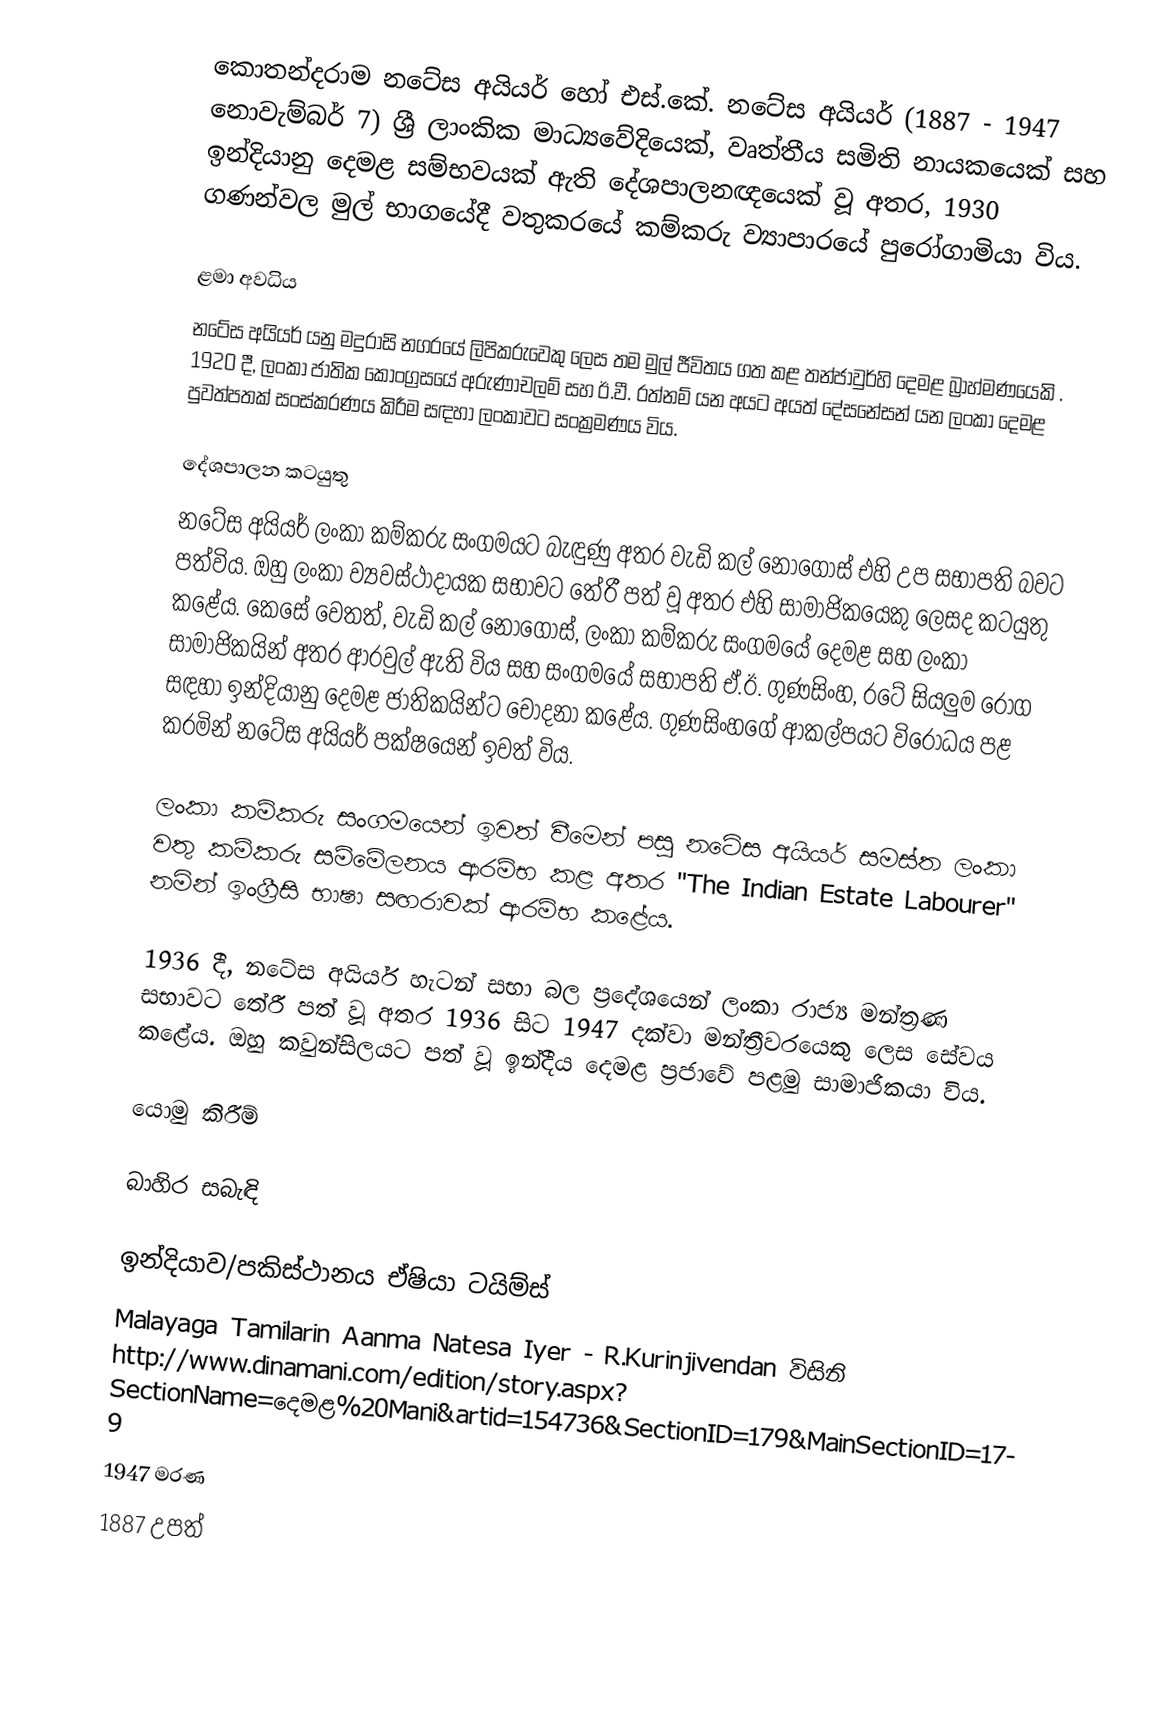
කොතන්දරාම නටේස අයියර් හෝ එස්.කේ. නටේස අයියර්  (1887 - 1947 නොවැම්බර් 7) ශ්‍රී ලාංකික මාධ්‍යවේදියෙක්, වෘත්තීය සමිති නායකයෙක් සහ ඉන්දියානු දෙමළ සම්භවයක් ඇති දේශපාලනඥයෙක් වූ අතර, 1930 ගණන්වල මුල් භාගයේදී වතුකරයේ කම්කරු ව්‍යාපාරයේ පුරෝගාමියා විය.

ළමා අවධිය
නටේස අයියර් යනු මදුරාසි නගරයේ ලිපිකරුවෙකු ලෙස තම මුල් ජීවිතය ගත කළ තන්ජාවුර්හි දෙමළ බ්‍රාහ්මණයෙකි . 1920 දී, ලංකා ජාතික කොංග්‍රසයේ අරුණාචලම් සහ ඊ.වී. රත්නම් යන අයට අයත් දේසනේසන් යන ලංකා දෙමළ පුවත්පතක් සංස්කරණය කිරීම සඳහා ලංකාවට සංක්‍රමණය විය.

දේශපාලන කටයුතු
නටේස අයියර් ලංකා කම්කරු සංගමයට බැඳුණු අතර වැඩි කල් නොගොස් එහි උප සභාපති බවට පත්විය. ඔහු ලංකා ව්‍යවස්ථාදායක සභාවට තේරී පත් වූ අතර එහි සාමාජිකයෙකු ලෙසද කටයුතු කළේය. කෙසේ වෙතත්, වැඩි කල් නොගොස්, ලංකා කම්කරු සංගමයේ දෙමළ සහ ලංකා සාමාජිකයින් අතර ආරවුල් ඇති විය සහ සංගමයේ සභාපති ඒ.ඊ. ගුණසිංහ, රටේ සියලුම රෝග සඳහා ඉන්දියානු දෙමළ ජාතිකයින්ට චෝදනා කළේය. ගුණසිංහගේ ආකල්පයට විරෝධය පළ කරමින් නටේස අයියර් පක්ෂයෙන් ඉවත් විය.

ලංකා කම්කරු සංගමයෙන් ඉවත් වීමෙන් පසු නටේස අයියර් සමස්ත ලංකා වතු කම්කරු සම්මේලනය ආරම්භ කළ අතර "The Indian Estate Labourer" නමින් ඉංග්‍රීසි භාෂා සඟරාවක් ආරම්භ කළේය.

1936 දී, නටේස අයියර් හැටන් සභා බල ප්‍රදේශයෙන් ලංකා රාජ්‍ය මන්ත්‍රණ සභාවට තේරී පත් වූ අතර 1936 සිට 1947 දක්වා මන්ත්‍රීවරයෙකු ලෙස සේවය කළේය. ඔහු කවුන්සිලයට පත් වූ ඉන්දීය දෙමළ ප්‍රජාවේ පළමු සාමාජිකයා විය.

යොමු කිරීම්

බාහිර සබැඳි

 ඉන්දියාව/පකිස්ථානය ඒෂියා ටයිම්ස්
 Malayaga Tamilarin Aanma Natesa Iyer - R.Kurinjivendan විසිනි http://www.dinamani.com/edition/story.aspx? SectionName=දෙමළ%20Mani&artid=154736&SectionID=179&MainSectionID=179
1947 මරණ
1887 උපත්